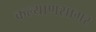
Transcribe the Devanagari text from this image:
कल्याणसागर